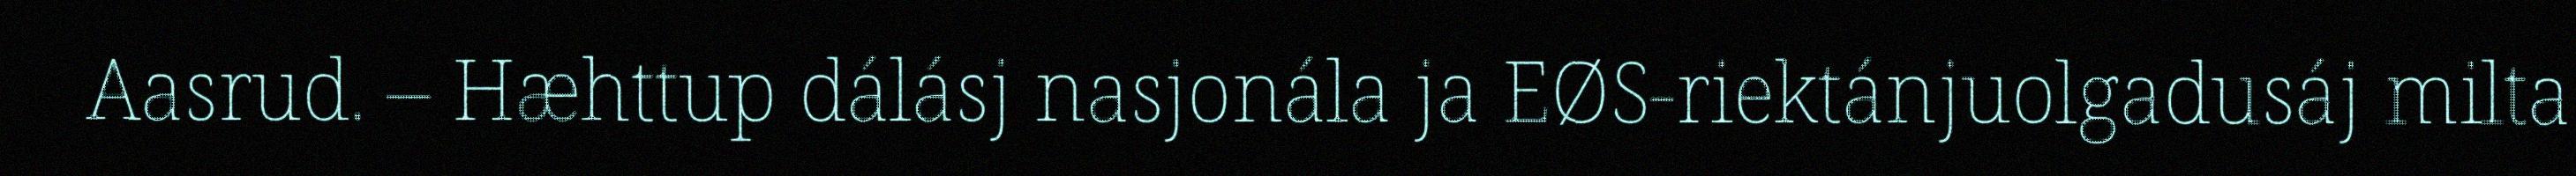
Aasrud. – Hæhttup dálásj nasjonála ja EØS-riektánjuolgadusáj milta